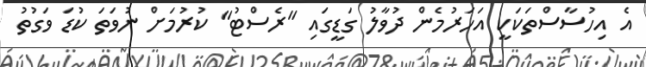
އެ އިހުސާސްްތަކަކީ އަހަރުމެން ދުވާލު ގަޑީގައި "ރެސްޓު" ކުރުމަށް ނުވަތަ ކުޑަ ވަގުތު